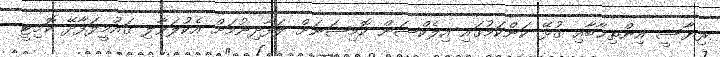
ރިޔާސީ އިންތިޚާބާއި ގުޅޭ ކަންކަމުގައި އިލެކްޝަން ކޮމިޝަނަށް ލަފާދިނުމަށް އެކުލަވާލި ޤައުމީލަފާދޭ ކޮމިޓީ